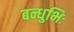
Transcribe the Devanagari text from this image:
बन्धुभिः